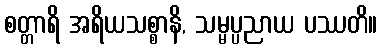
စတ္တာရိ အရိယသစ္စာနိ, သမ္မပ္ပညာယ ပဿတိ။